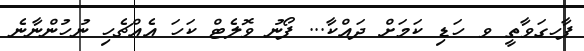
ފާހގަވާތީ ވ ހަޑި ކަމަށް ދައްކާ... ފޯނު ވޮލެޓް ކަހަަ އެއްޗެހި ނުހުންނާނެ